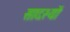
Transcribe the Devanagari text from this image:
सादस्यों